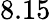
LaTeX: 8.15